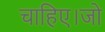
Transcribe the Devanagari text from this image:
चाहिए।जो